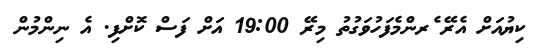
ކިޔުއަށް އެރޭ ެރންމެފަހުވަގުތު މިރޭ 19:00 އަށް ފަސް ކޮށްފި. އެ ނިންމުން